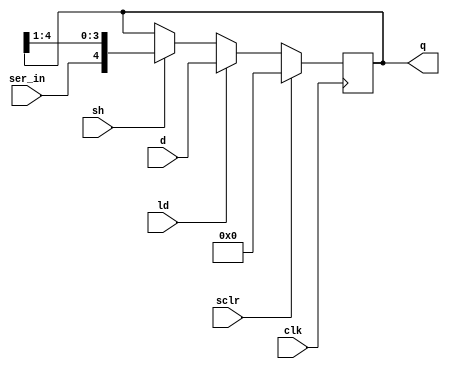
module shreg_4b (d, ser_in, sclr, ld, sh, clk, q);
  input [4:0] d;
  input ser_in, sclr, ld, sh, clk;
  output [4:0] q;
  reg [4:0] q;
  
  always @(posedge clk)
    if (sclr)
      q <= 5'b00000;
    else if (ld)
      q <= d;
    else if (sh)
      q <= {ser_in, q[4:1]};
        
endmodule